Indian journal of veterinary science and animal husbandry - Volume 11,
Year: 1941
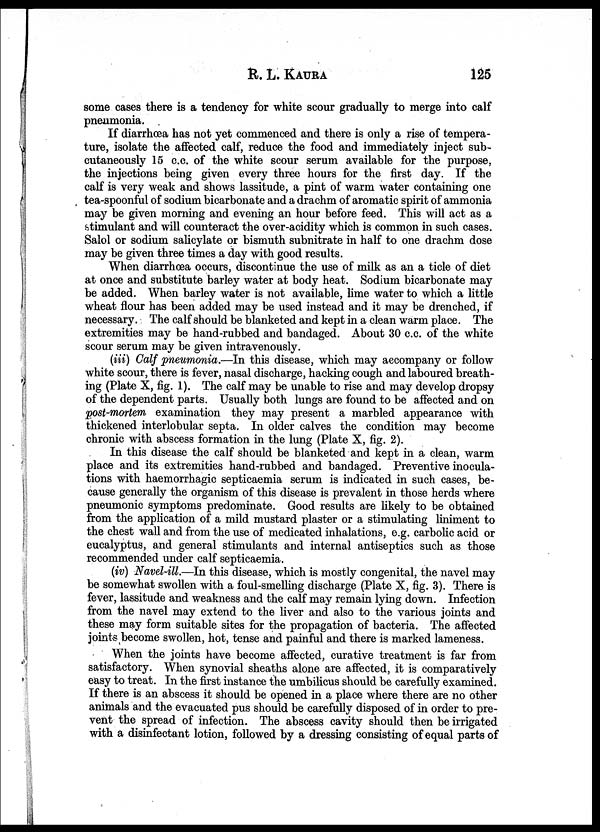
R. L.
KAURA
125
some cases there is a tendency for white scour gradually to merge into calf
pneumonia.
If diarrhœa has not yet commenced and there is only a rise of tempera-
ture, isolate the affected calf, reduce the food and immediately inject sub¬
cutaneously 15 c.c. of the white scour serum available for the purpose,
the injections being given every three hours for the first day. If the
calf is very weak and shows lassitude, a pint of warm water containing one
tea-spoonful of sodium bicarbonate and a drachm of aromatic spirit of ammonia
may be given morning and evening an hour before feed. This will act as a
stimulant and will counteract the over-acidity which is common in such cases.
Salol or sodium salicylate or bismuth subnitrate in half to one drachm dose
may be given three times a day with good results.
When diarrhœa occurs, discontinue the use of milk as an a ticle of diet
at once and substitute barley water at body heat. Sodium bicarbonate may
be added. When barley water is not available, lime water to which a little
wheat flour has been added may be used instead and it may be drenched, if
necessary. The calf should be blanketed and kept in a clean warm place. The
extremities may be hand-rubbed and bandaged. About 30 c.c. of the white
scour serum may be given intravenously.
(iii) Calf pneumonia.—In this disease, which may accompany or follow
white scour, there is fever, nasal discharge, hacking cough and laboured breath-
ing (Plate X, fig. 1). The calf may be unable to rise and may develop dropsy
of the dependent parts. Usually both lungs are found to be affected and on
post-mortem examination they may present a marbled appearance with
thickened interlobular septa. In older calves the condition may become
chronic with abscess formation in the lung (Plate X, fig. 2).
In this disease the calf should be blanketed and kept in a clean, warm
place and its extremities hand-rubbed and bandaged. Preventive inocula-
tions with haemorrhagic septicaemia serum is indicated in such cases, be-
cause generally the organism of this disease is prevalent in those herds where
pneumonic symptoms predominate. Good results are likely to be obtained
from the application of a mild mustard plaster or a stimulating liniment to
the chest wall and from the use of medicated inhalations, e.g. carbolic acid or
eucalyptus, and general stimulants and internal antiseptics such as those
recommended under calf septicaemia.
(iv) Navel-ill.—In this disease, which is mostly congenital, the navel may
be somewhat swollen with a foul-smelling discharge (Plate X, fig. 3). There is
fever, lassitude and weakness and the calf may remain lying down. Infection
from the navel may extend to the liver and also to the various joints and
these may form suitable sites for the propagation of bacteria. The affected
joints become swollen, hot, tense and painful and there is marked lameness.
When the joints have become affected, curative treatment is far from
satisfactory. When synovial sheaths alone are affected, it is comparatively
easy to treat. In the first instance the umbilicus should be carefully examined.
If there is an abscess it should be opened in a place where there are no other
animals and the evacuated pus should be carefully disposed of in order to pre-
vent the spread of infection. The abscess cavity should then be irrigated
with a disinfectant lotion, followed by a dressing consisting of equal parts of